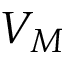
V _ { M }